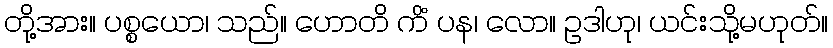
တို့အား။ ပစ္စယော၊ သည်။ ဟောတိ ကိံ ပန၊ လော။ ဥဒါဟု၊ ယင်းသို့မဟုတ်။